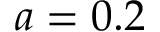
a = 0 . 2